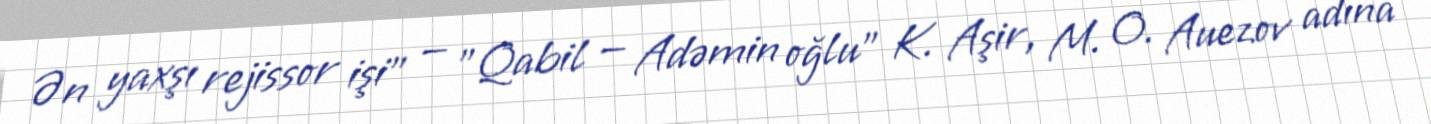
Ən yaxşı rejissor işi" — "Qabil — Adəmin oğlu" K. Aşir, M. O. Auezov adına